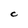
Character: C